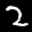
Label: 2